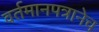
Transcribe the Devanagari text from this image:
वर्तमानपत्रानेच